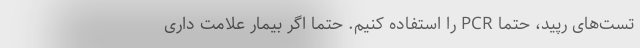
تست‌‌های رپید، حتما PCR را استفاده کنیم. حتما اگر بیمار علامت داری